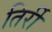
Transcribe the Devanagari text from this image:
तिर्री